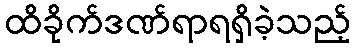
ထိခိုက်ဒဏ်ရာရရှိခဲ့သည့်